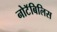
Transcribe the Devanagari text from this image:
नोटॅबिलिस